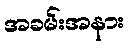
အခမ်းအနား